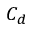
C _ { d }